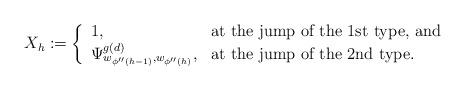
LaTeX: \begin{align*}X_h :=\left\{\begin{array}{ll}1,& \mbox{at the jump of the 1st type, and}\\\Psi^{g(d)}_{w_{\phi''(h-1)},w_{\phi''(h)}},&\mbox{at the jump of the 2nd type.}\end{array}\right.\end{align*}